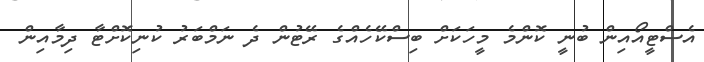
އެސްޓީއޯއިން ބުނީ ކޮންމެ މީހަކަށް ބިސްކޭހެއްގެ ރޭޓުން ދެ ނަމްބަރު ކުނިކޮށްޓާ ދިމާއިން